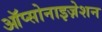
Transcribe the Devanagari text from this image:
ऑप्सोनाइज़ेशन